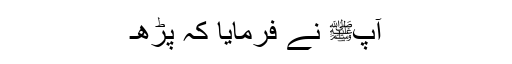
آپﷺ نے فرمایا کہ پڑھ۔